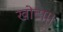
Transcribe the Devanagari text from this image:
खोटा।।